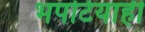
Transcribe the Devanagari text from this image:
भपटियाही